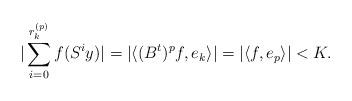
LaTeX: \begin{align*}\vert \sum_{i=0}^{r_k^{(p)}} f(S^iy) \vert = \vert \langle (B^t)^pf, e_k \rangle \vert = \vert \langle f, e_p \rangle \vert< K.\end{align*}